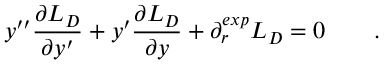
y ^ { \prime \prime } { \frac { \partial L _ { D } } { \partial y ^ { \prime } } } + y ^ { \prime } { \frac { \partial L _ { D } } { \partial y } } + \partial _ { r } ^ { e x p } L _ { D } = 0 \qquad .